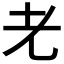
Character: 𰭧